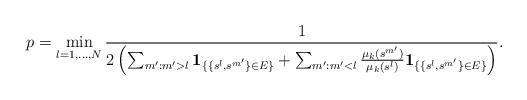
LaTeX: \begin{align*}p= \min_{l=1, \ldots , N}\frac{1}{2\left(\sum_{m':m'>l}\mathbf{1}_{\{ \{s^l,s^{m'}\} \in E \}}+\sum_{m':m'<l}\frac{\mu_k(s^{m'})}{\mu_k(s^l)} \mathbf{1}_{\{\{s^l,s^{m'}\} \in E \}} \right)} .\end{align*}